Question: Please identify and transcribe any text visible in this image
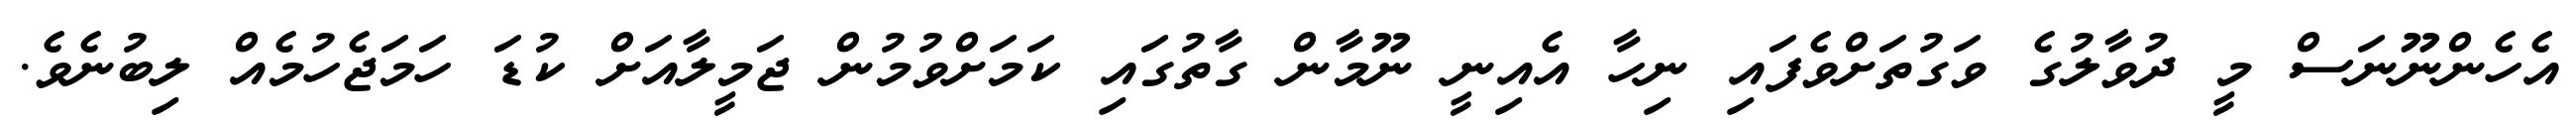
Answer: އެހެންނޫނަސް މީ ދުވާލުގެ ވަގުތަށްވެފައި ނިހާ އެއިނީ ނޫމާން ގާތުގައި ކަމަށްވުމުން ޖަމީލާއަށް ކުޑަ ހަމަޖެހުމެއް ލިބުނެވެ.